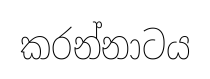
කරන්නාටය